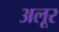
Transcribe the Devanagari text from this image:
अलूर